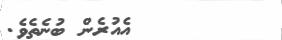
٢٩        އެއުރެން ބުނެތެވެ.